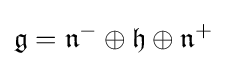
{\mathfrak {g}}={\mathfrak {n}}^{-}\oplus {\mathfrak {h}}\oplus {\mathfrak {n}}^{+}